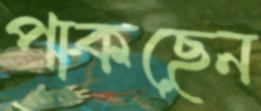
পাকছেন